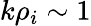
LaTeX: k\rho_{i}\sim 1